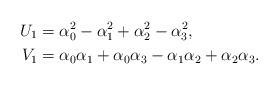
LaTeX: \begin{align*}U_1 &= \alpha_0^2-\alpha_1^2+\alpha_2^2-\alpha_3^2,\\V_1& = \alpha_0\alpha_1+\alpha_0\alpha_3-\alpha_1\alpha_2+\alpha_2\alpha_3.\end{align*}